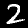
Digit: 2